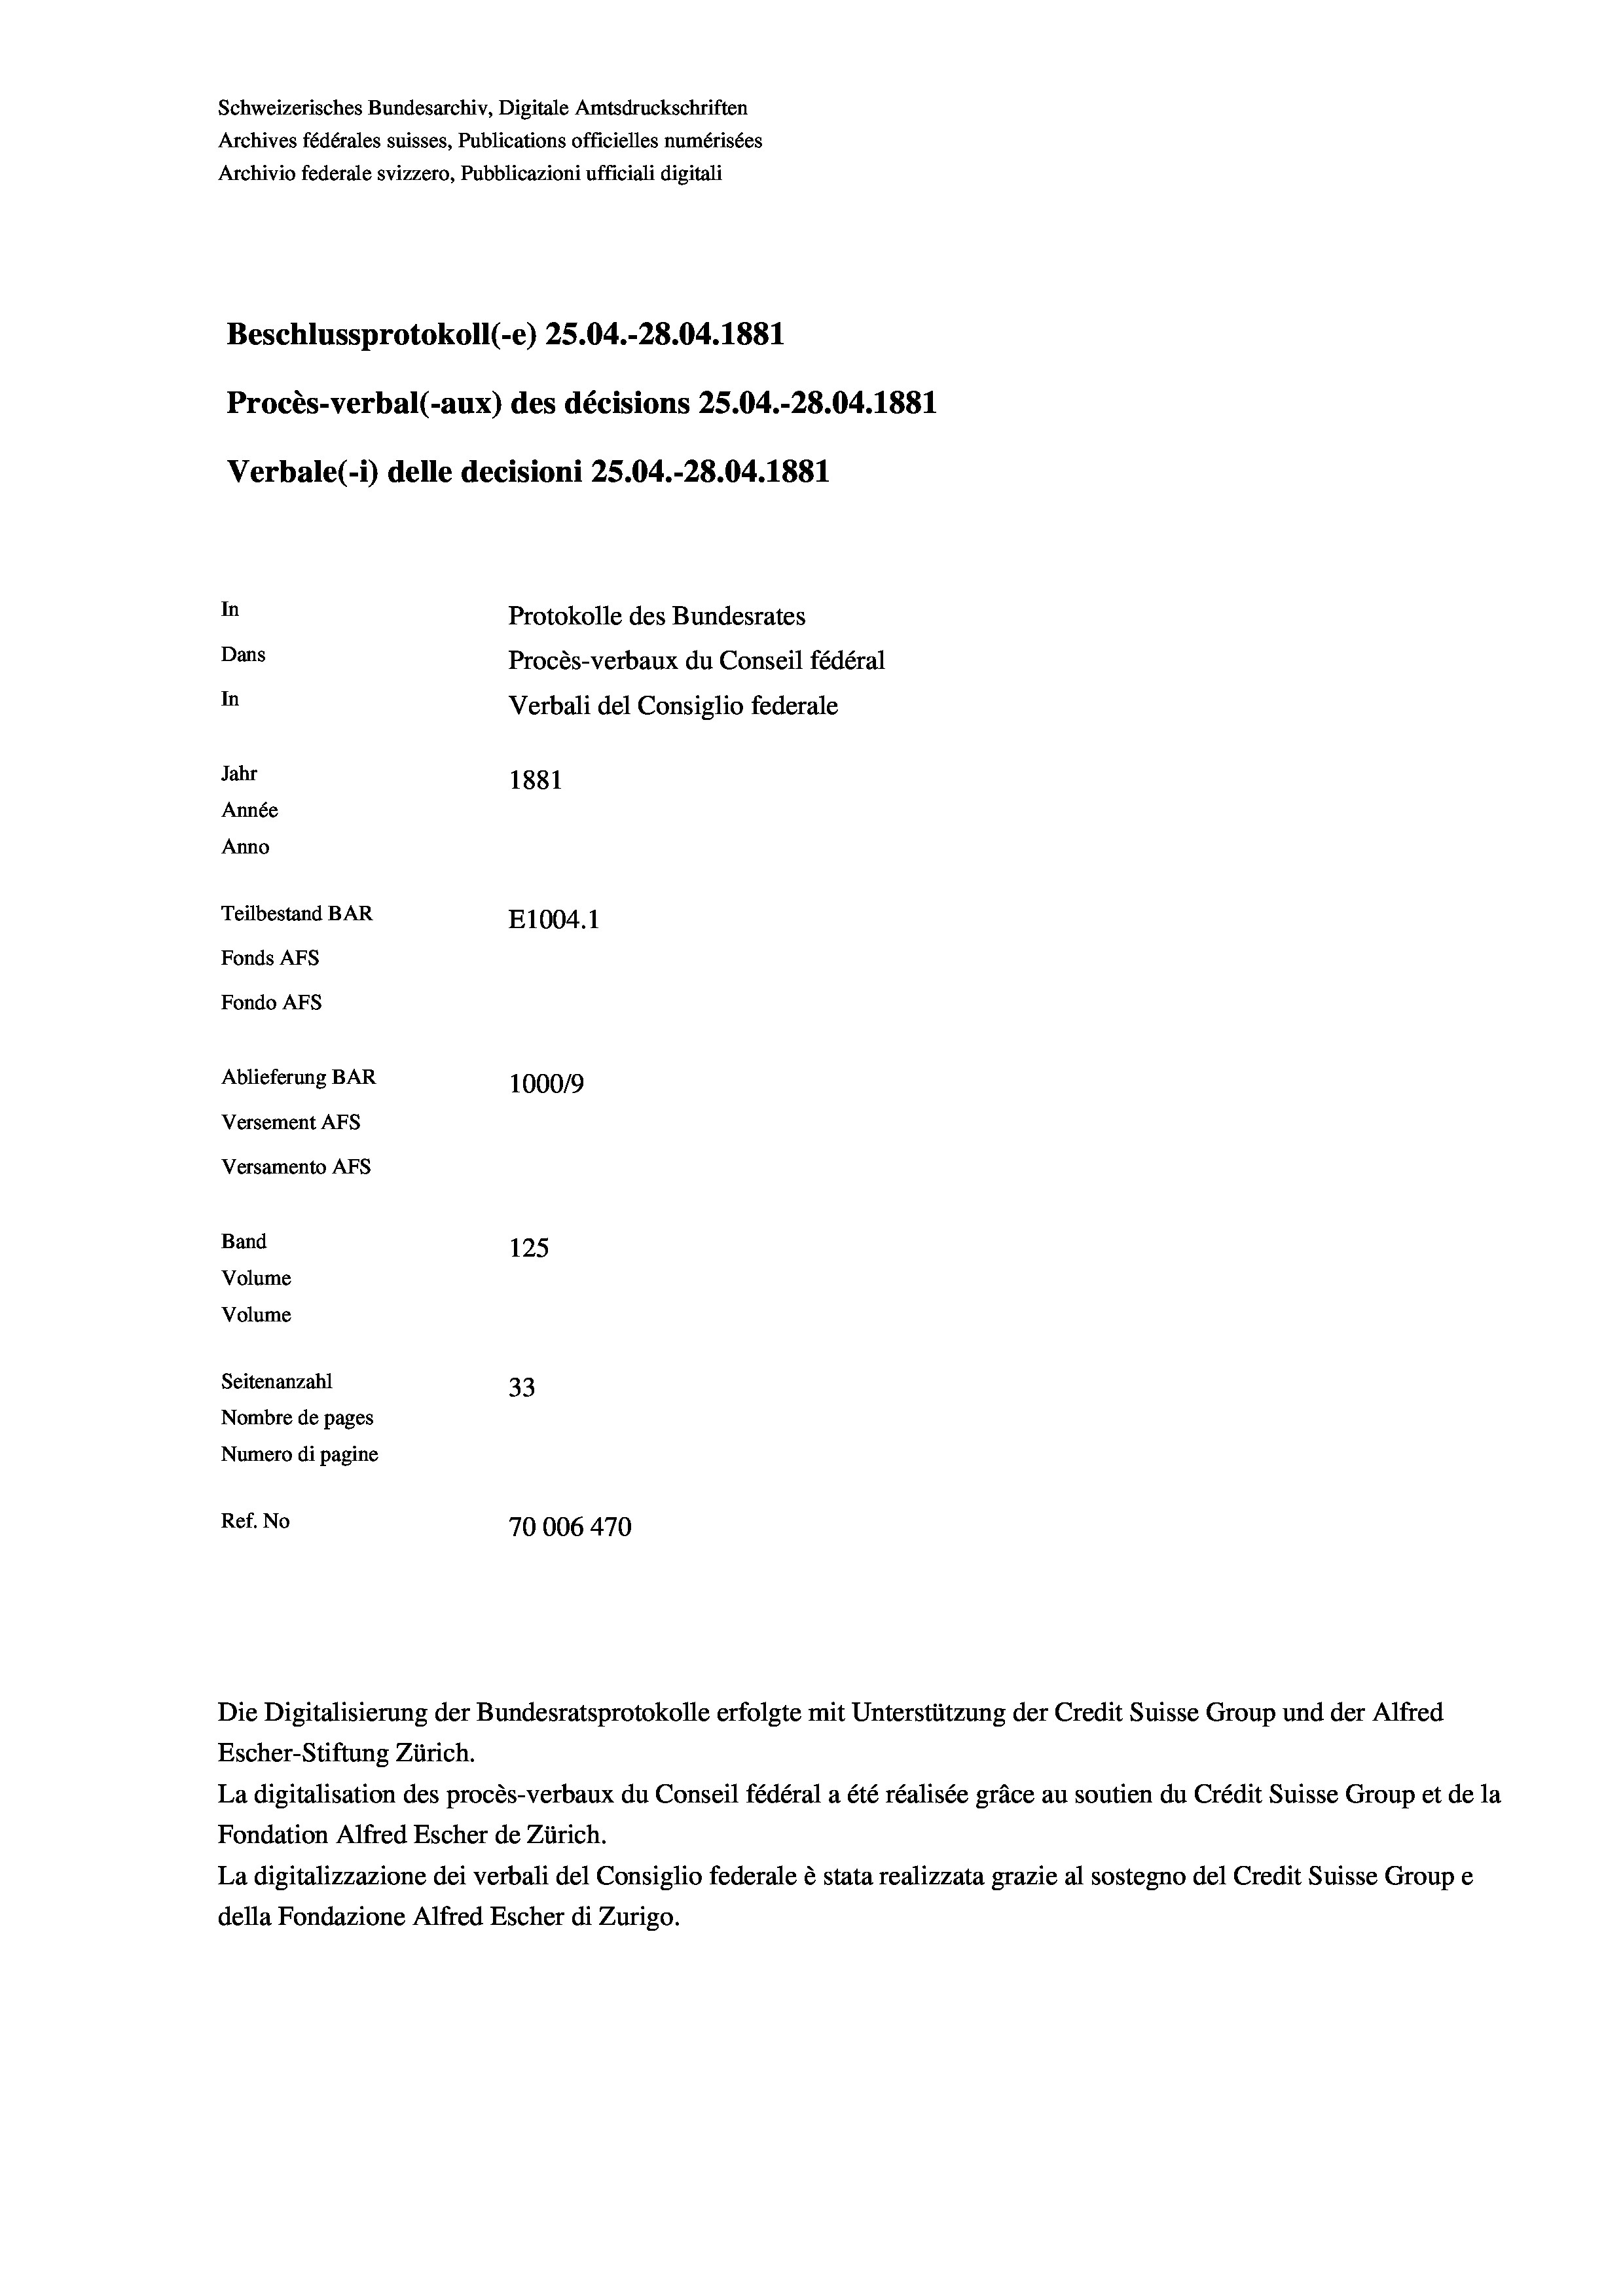
Schweizerisches Bundesarchiv, Digitale Amtsdruckschriften
Archives fédérales suisses, Publications officielles numérisées
Archivio federale svizzero, Pubblicazioni ufficiali digitali
Beschlussprotokoll (-e) 25.04.-28.04. 1881
Procès-verbal (-aux) des décisions 25.04.-28.04. 1881
Verbale (1) delle decisioni 25.04.-28.04. 1881
In
Protokolle des Bundesrates
Dans
Procès-verbaux du Conseil fédéral
In
Verbali del Consiglio federale
Jahr
1881
Année
Anno
Teilbestand BAR
E1004.1
Fonds AFs
Fondo Afs
Ablieferung BAR
100019
Versement AFs
Versamento Afs
Band
125
Volume
Volume

Seitenanzahl
33
Nombre de pages
Numero di pagine
Ref. No
70006 470

Die Digitalisierung der Bundesratsprotokolle erfolgte mit Unterstützung der Credit Suisse Group und der Alfred
Escher-Stiftung Zürich.
La digitalisation des procès-verbaux du Conseil fédéral a été réalisée gräce au soutien du Crédit Suisse Group et de la
Fondation Alfred Escher de Zürich.
La digitalizzazione dei verbali del Consiglio federale è stata realizzata grazie al sostegno del Credit Suisse Groupe
della Fondazione Alfred Escher di Zurigo.